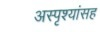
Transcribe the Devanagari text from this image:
अस्पृश्यांसह